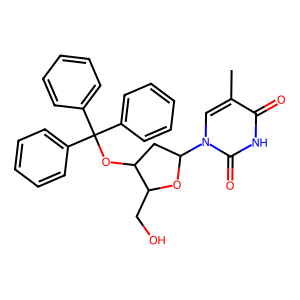
SMILES: Cc1cn(C2CC(OC(c3ccccc3)(c3ccccc3)c3ccccc3)C(CO)O2)c(=O)[nH]c1=O
Inhibits HIV replication: No